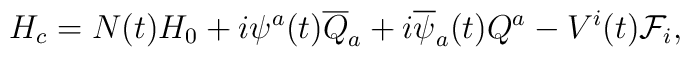
H_c = N(t) H_{0} + i\psi^a(t) \overline {Q}_a + i\overline {\psi}_a(t) Q^a - V^i(t) {\cal F}_i,